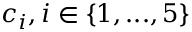
c _ { i } , i \in \{ 1 , . . . , 5 \}